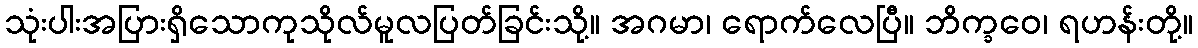
သုံးပါးအပြားရှိသောကုသိုလ်မူလပြတ်ခြင်းသို့။ အဂမာ၊ ရောက်လေပြီ။ ဘိက္ခဝေ၊ ရဟန်းတို့။